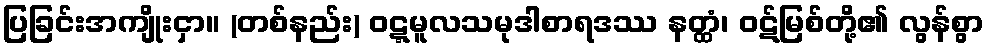
ပြခြင်းအကျိုးငှာ။ (တစ်နည်း) ဝဋ္ဋမူလသမုဒါစာရဒဿ နတ္ထံ၊ ဝဋ်မြစ်တို့၏ လွန်စွာ